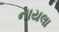
નાયલા